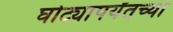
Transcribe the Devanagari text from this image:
घोट्यापर्यंतच्या